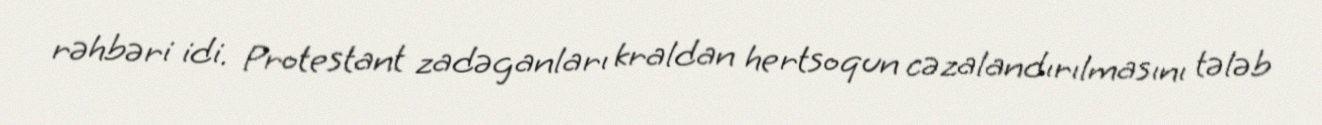
rəhbəri idi. Protestant zadəganları kraldan hertsoqun cəzalandırılmasını tələb